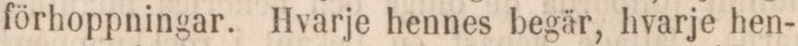
förhoppningar. Hvarje hennes begär, hvarje hen-